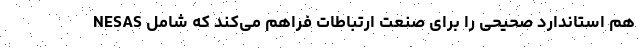
NESAS هم استاندارد صحیحی را برای صنعت ارتباطات فراهم می‌کند که شامل